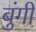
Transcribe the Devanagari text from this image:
बुंगी